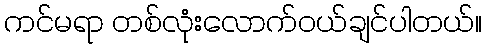
ကင်မရာ တစ်လုံးလောက်ဝယ်ချင်ပါတယ်။